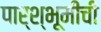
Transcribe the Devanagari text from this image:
पार्श्भूमीची